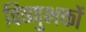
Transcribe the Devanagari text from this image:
विष्णुभक्तों